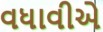
વધાવીએ